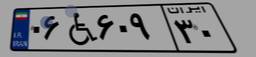
۰۶W۶۰۹۳۰